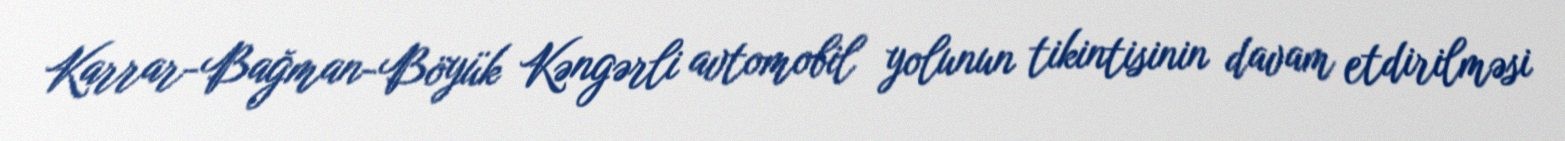
Karrar-Bağman-Böyük Kəngərli avtomobil yolunun tikintisinin davam etdirilməsi